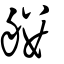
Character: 艛